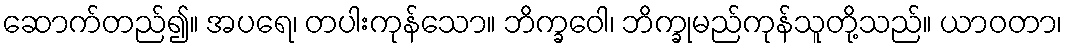
ဆောက်တည်၍။ အပရေ၊ တပါးကုန်သော။ ဘိက္ခဝေါ၊ ဘိက္ခုမည်ကုန်သူတို့သည်။ ယာဝတာ၊